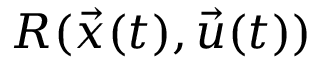
R ( \vec { x } ( t ) , \vec { u } ( t ) )